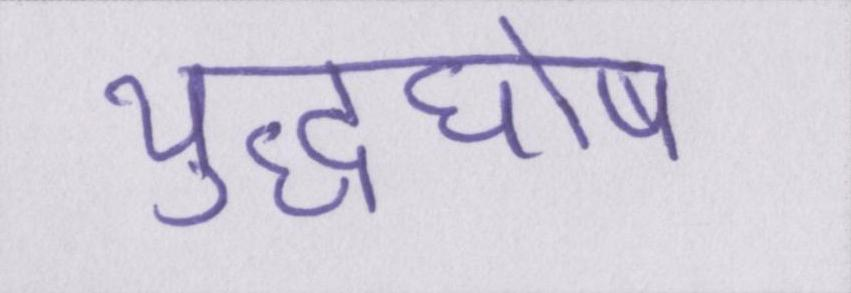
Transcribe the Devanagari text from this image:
युद्धघोष